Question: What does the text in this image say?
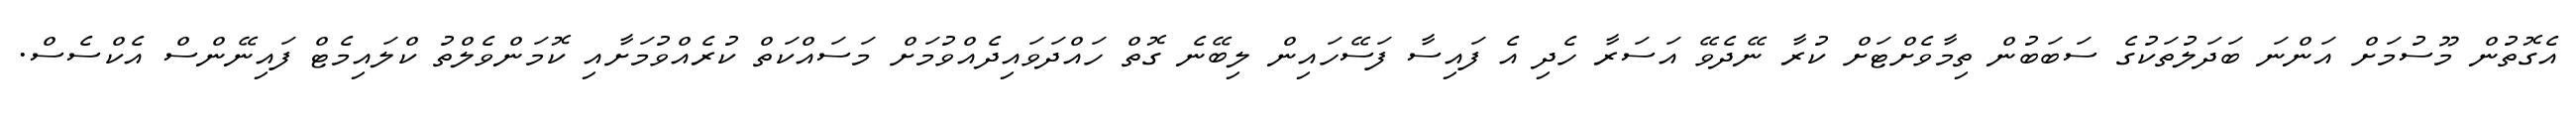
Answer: އެގޮތުން މޫސުމަށް އަންނަ ބަދަލުތަކުގެ ސަބަބުން ތިމާވެށްޓަށް ކުރާ ނޭދެވޭ އަސަރާ ހެދި އެ ފައިސާ ފަސޭހައިން ލިބޭނެ ގޮތް ހައްދަވައިދެއްވުމަށް މަސައްކަތް ކުރެއްވުމަށާއި ކޮމަންވެލްތު ކްލައިމެޓް ފައިނޭންސް އެކްސެސް.